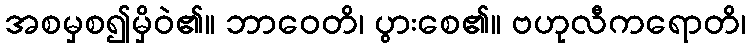
အစမှစ၍မှိဝဲ၏။ ဘာဝေတိ၊ ပွားစေ၏။ ဗဟုလီကရောတိ၊